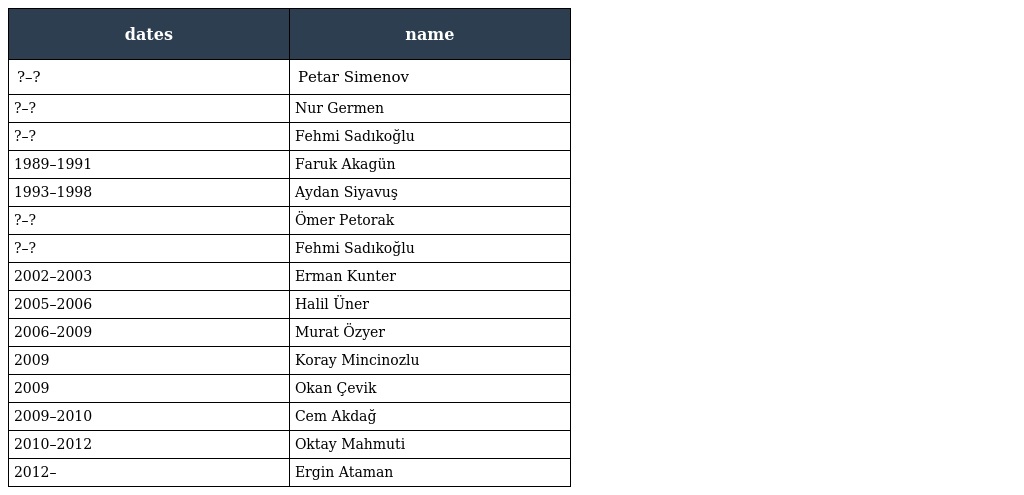
| dates | name |
 | --- | --- |
 | ?–? | Petar Simenov |
 | ?–? | Nur Germen |
 | ?–? | Fehmi Sadıkoğlu |
 | 1989–1991 | Faruk Akagün |
 | 1993–1998 | Aydan Siyavuş |
 | ?–? | Ömer Petorak |
 | ?–? | Fehmi Sadıkoğlu |
 | 2002–2003 | Erman Kunter |
 | 2005–2006 | Halil Üner |
 | 2006–2009 | Murat Özyer |
 | 2009 | Koray Mincinozlu |
 | 2009 | Okan Çevik |
 | 2009–2010 | Cem Akdağ |
 | 2010–2012 | Oktay Mahmuti |
 | 2012– | Ergin Ataman |